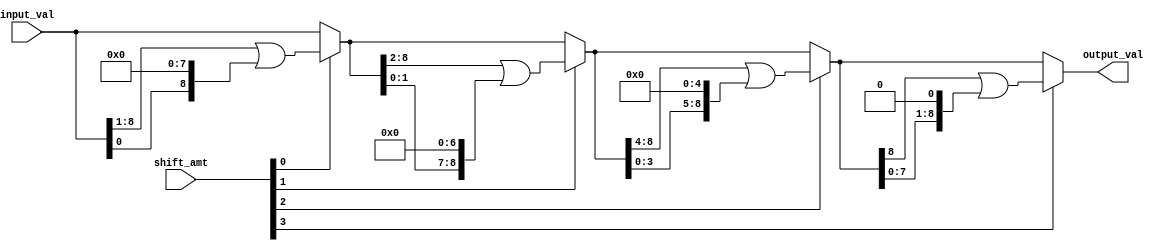
module circular_barrel_shift_9b(
    output_val,
    input_val,
    shift_amt
);

output[8:0] output_val;

input[8:0] input_val;
input[3:0] shift_amt;

wire[8:0] shift_1, shift_2, shift_4, shift_8, shift_16; 

assign shift_1  = shift_amt[0] ? (input_val >> 1 | input_val << 8) : input_val;
assign shift_2  = shift_amt[1] ? (shift_1 >> 2 | shift_1 << 7) : shift_1;
assign shift_4  = shift_amt[2] ? (shift_2 >> 4 | shift_2 << 5) : shift_2;
assign output_val = shift_amt[3] ? (shift_4 >>  8 | shift_4 << 1) : shift_4;

endmodule